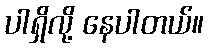
ပါရှိလို့ နေပါတယ်။